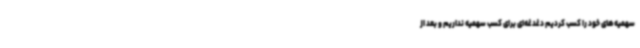
سهمیه‌های خود را کسب کردیم دغدغه‌ای برای کسب سهمیه نداریم و بعد از